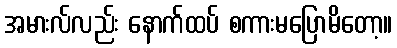
အမားလ်လည်း နောက်ထပ် စကားမပြောမိတော့။